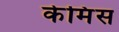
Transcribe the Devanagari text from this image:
केमिंस